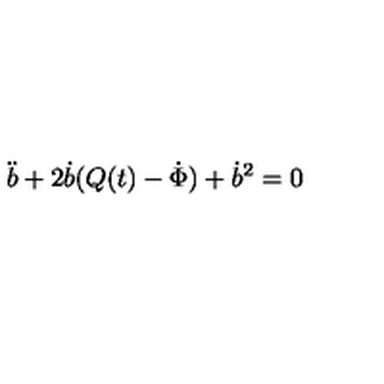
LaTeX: \ddot { b } + 2 \dot { b } ( Q ( t ) - \dot { \Phi } ) + \dot { b } ^ { 2 } = 0